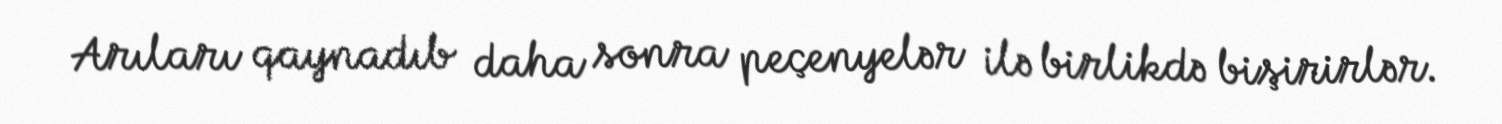
Arıları qaynadıb daha sonra peçenyelər ilə birlikdə bişirirlər.